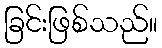
ခြင်းဖြစ်သည်။